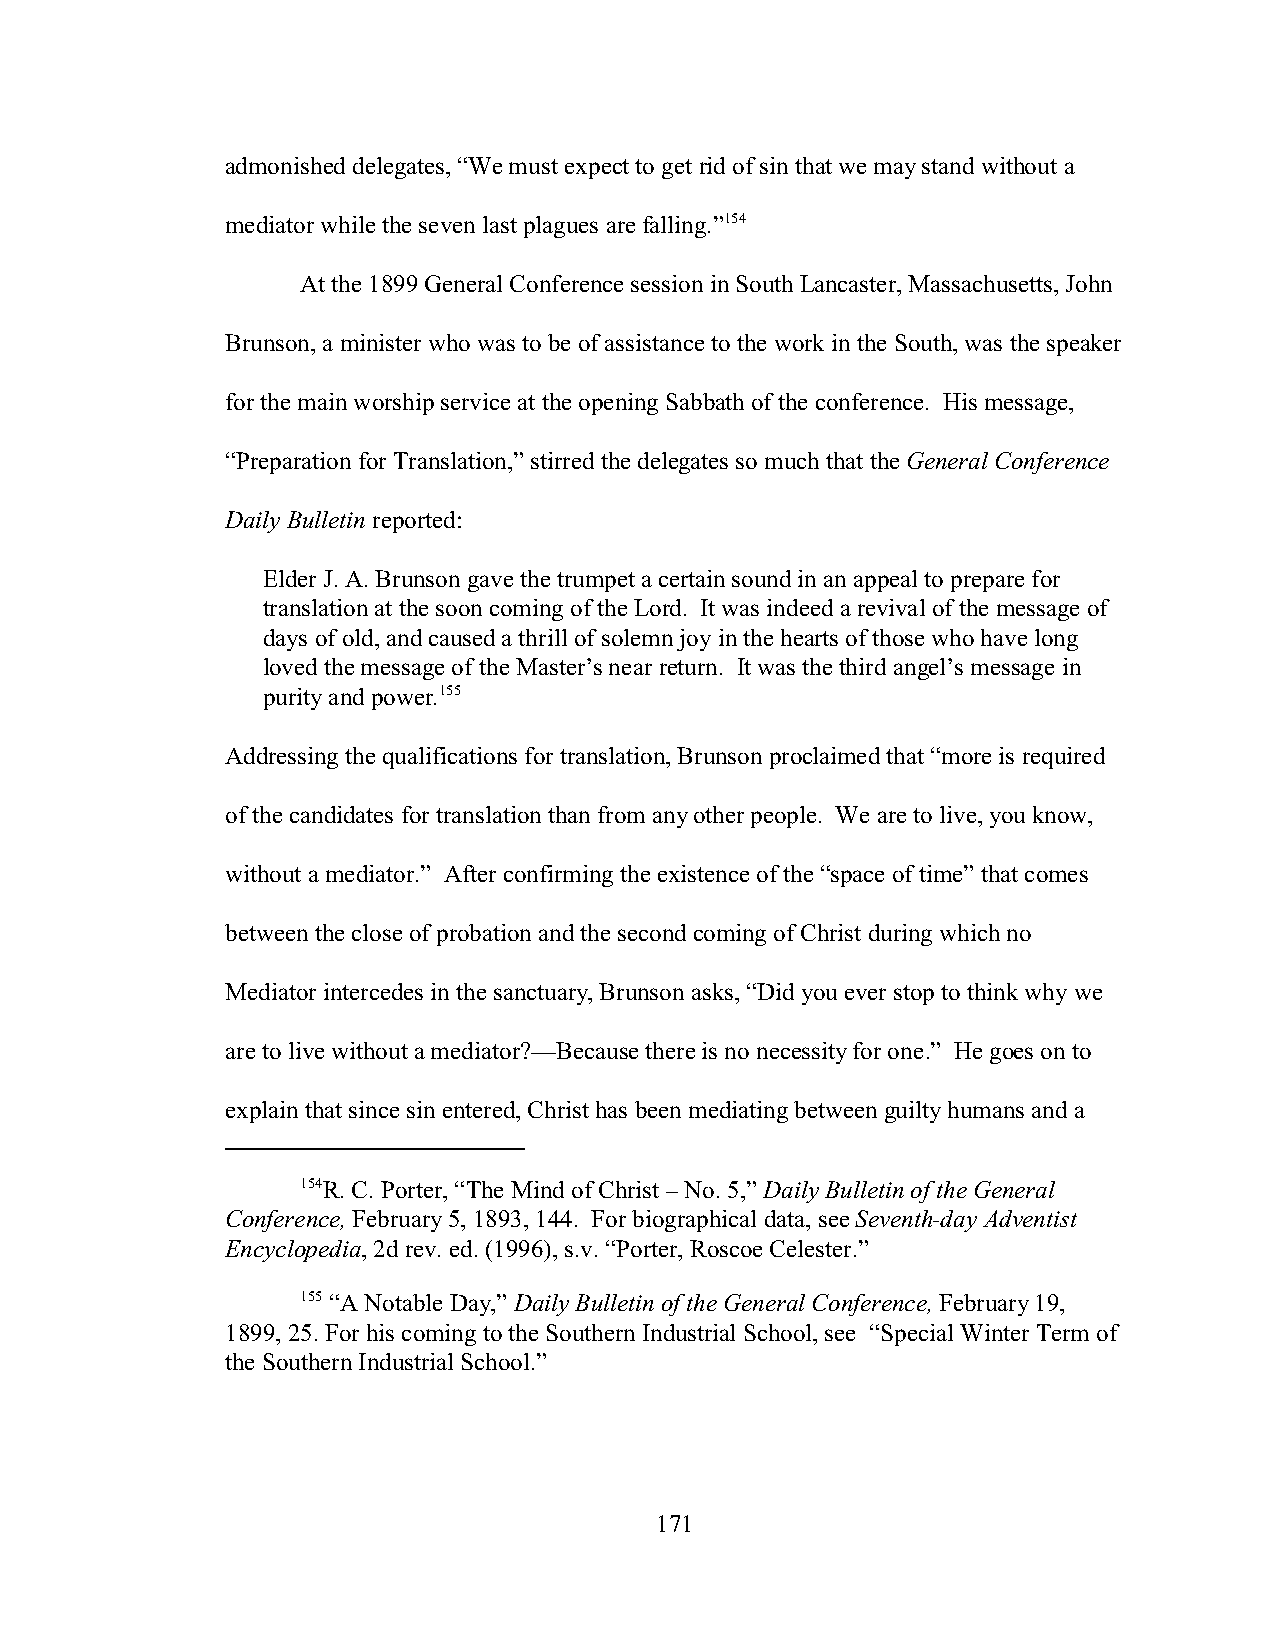
admonished delegates, “We must expect to get rid of sin that we may stand without a
 mediator while the seven last plagues are falling.”154
 At the 1899 General Conference session in South Lancaster, Massachusetts, John
 Brunson, a minister who was to be of assistance to the work in the South, was the speaker
 for the main worship service at the opening Sabbath of the conference. His message,
 “Preparation for Translation,” stirred the delegates so much that the General Conference
 Daily Bulletin reported:
 Elder J. A. Brunson gave the trumpet a certain sound in an appeal to prepare for
 translation at the soon coming of the Lord. It was indeed a revival of the message of
 days of old, and caused a thrill of solemn joy in the hearts of those who have long
 loved the message of the Master’s near return. It was the third angel’s message in
 purity and power.155
 Addressing the qualifications for translation, Brunson proclaimed that “more is required
 of the candidates for translation than from any other people. We are to live, you know,
 without a mediator.” After confirming the existence of the “space of time” that comes
 between the close of probation and the second coming of Christ during which no
 Mediator intercedes in the sanctuary, Brunson asks, “Did you ever stop to think why we
 are to live without a mediator?—Because there is no necessity for one.” He goes on to
 explain that since sin entered, Christ has been mediating between guilty humans and a
 154R. C. Porter, “The Mind of Christ – No. 5,” Daily Bulletin of the General
 Conference, February 5, 1893, 144. For biographical data, see Seventh-day Adventist
 Encyclopedia, 2d rev. ed. (1996), s.v. “Porter, Roscoe Celester.”
 155 “A Notable Day,” Daily Bulletin of the General Conference, February 19,
 1899, 25. For his coming to the Southern Industrial School, see “Special Winter Term of
 the Southern Industrial School.”
 171